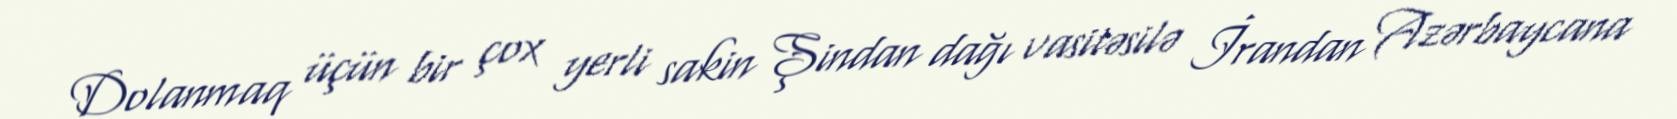
Dolanmaq üçün bir çox yerli sakin Şindan dağı vasitəsilə İrandan Azərbaycana